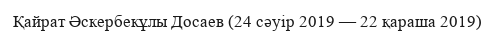
Қайрат Әскербекұлы Досаев (24 сәуір 2019 — 22 қараша 2019)